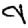
Digit: 9